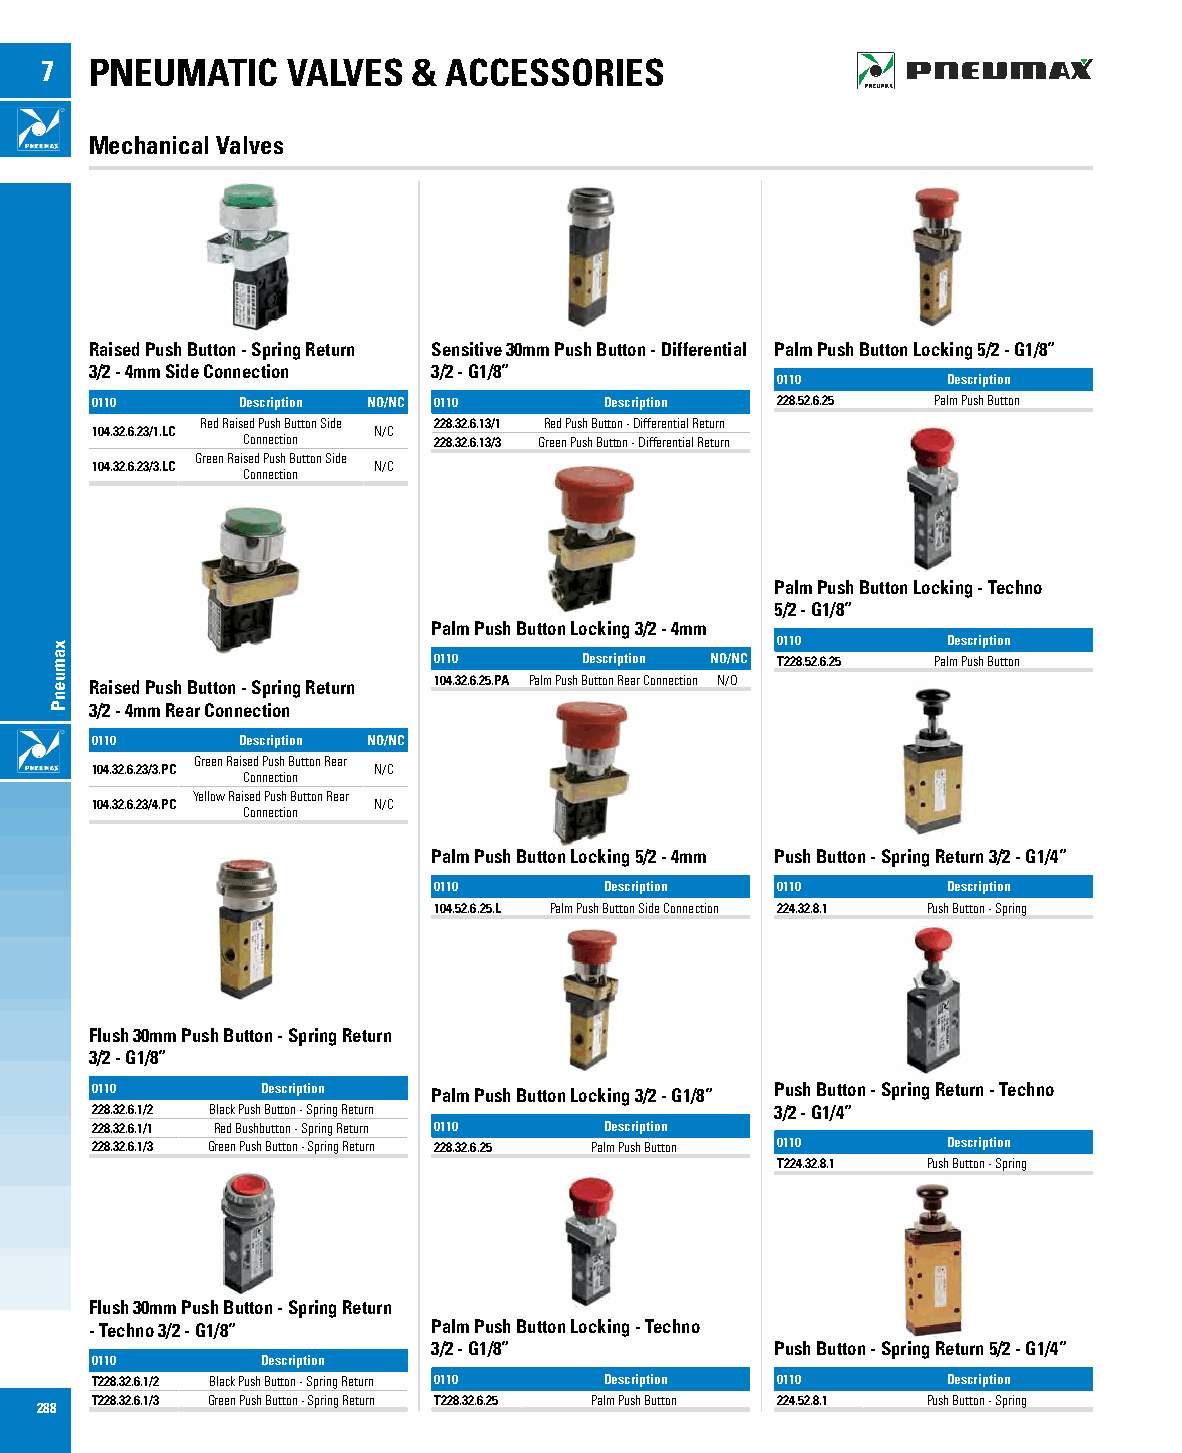
7  PNEUMATIC    VALVES  & ACCESSORIES
 Mechanical Valves
 Raised Push Button - Spring Return Sensitive 30mm Push Button - Differential Palm Push Button Locking 5/2 - G1/8”
 3/2 - 4mm Side Connection 3/2 - G1/8”
 0110        Description
 0110      Description NO/NC 0110  Description 228.52.6.25 Palm Push Button
 Red Raised Push Button Side 228.32.6.13/1 Red Push Button - Differential Return
 104.32.6.23/1.LC   N/C
 Connection   228.32.6.13/3 Green Push Button - Differential Return
 Green Raised Push Button Side
 104.32.6.23/3.LC   N/C
 Connection
 Palm Push Button Locking - Techno
 5/2 - G1/8”
 Palm Push Button Locking 3/2 - 4mm
 0110        Description
 0110     Description NO/NC T228.52.6.25 Palm Push Button
 Raised Push Button - Spring Return 104.32.6.25.PA Palm Push Button Rear Connection N/O
 3/2 - 4mm Rear Connection
 0110      Description NO/NC
 Green Raised Push Button Rear
 104.32.6.23/3.PC   N/C
 Connection
 Yellow Raised Push Button Rear
 104.32.6.23/4.PC   N/C
 Connection
 Palm Push Button Locking 5/2 - 4mm Push Button - Spring Return 3/2 - G1/4”
 0110       Description 0110       Description
 104.52.6.25.L Palm Push Button Side Connection 224.32.8.1 Push Button - Spring
 Flush 30mm Push Button - Spring Return
 3/2 - G1/8”
 0110       Description Palm Push Button Locking 3/2 - G1/8” Push Button - Spring Return - Techno
 228.32.6.1/2 Black Push Button - Spring Return 3/2 - G1/4”
 228.32.6.1/1 Red Bushbutton - Spring Return 0110 Description
 228.32.6.1/3 Green Push Button - Spring Return 228.32.6.25 Palm Push Button 0110 Description
 T224.32.8.1 Push Button - Spring
 Flush 30mm Push Button - Spring Return
 - Techno 3/2 - G1/8”   Palm Push Button Locking - Techno
 3/2 - G1/8”           Push Button - Spring Return 5/2 - G1/4”
 0110       Description
 T228.32.6.1/2 Black Push Button - Spring Return 0110 Description 0110 Description
 T228.32.6.1/3 Green Push Button - Spring Return T228.32.6.25 Palm Push Button 224.52.8.1 Push Button - Spring
 288
 xamuenP